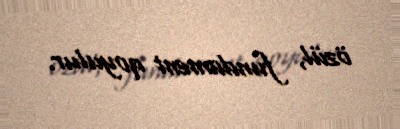
özül, fundament qoyulur.